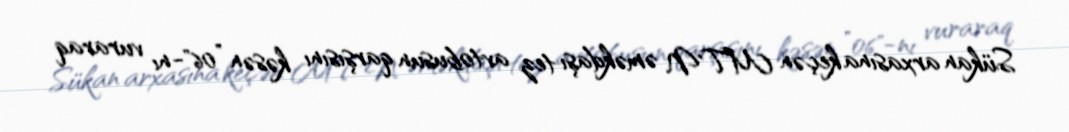
Sükan arxasına keçən MTN əməkdaşı tez avtobusun qarşısını kəsən ”06"-nı vuraraq